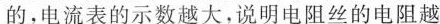
的，电流表的示数越大，说明电阻丝的电阻越